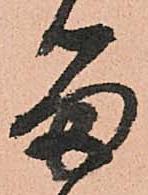
留